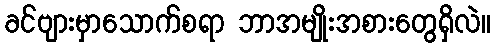
ခင်ဗျားမှာသောက်စရာ ဘာအမျိုးအစားတွေရှိလဲ။